Report on the working of the mental hospitals for Indians in Bihar and Orissa - 1925-1929
Year: 1925
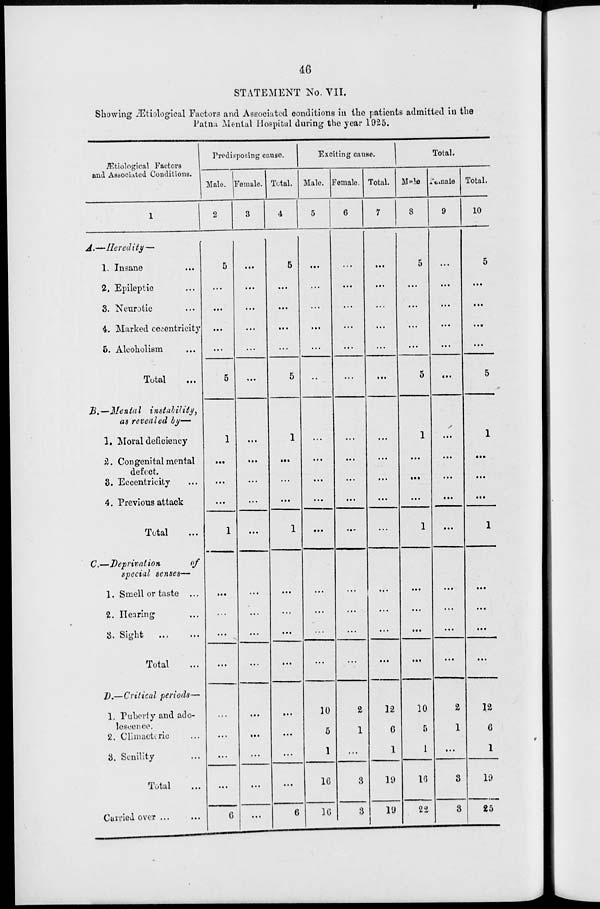
46
STATEMENT No. VII.
Showing Ætiological Factors and Associated conditions in the patients admitted in the
Patna Mental Hospital during the year 1925.
Ætiological Factors
and Associated Conditions.
1
A.—Heredity—
1. Insane ...
2. Epileptic ...
3. Neurotic ...
4. Marked eccentricity
5. Alcoholism ...
Total ...
B.—Menta1
instability,
as revealed by—
1. Moral deficiency
2. Congenital mental
defect.
3. Eccentricity ...
4. Previous attack
Total ...
C.—Deprivation
of
special senses—
1. Smell or taste ...
2. Hearing ...
3. Sight ... ...
Total ...
D.—Critical periods—
1. Puberty and ado-
lescence.
2. Climacteric ...
3. Senility ...
Total
...
Carried over ... ...
Predisposing cause.
Male.
2
5
...
...
...
...
5
1
...
...
...
1
...
...
...
...
...
...
...
...
6
Female.
3
...
...
...
...
...
...
...
...
...
...
...
...
...
...
...
...
...
...
...
...
Total.
4
5
...
...
...
...
5
1
...
...
...
1
...
...
...
...
...
...
...
...
6
Exciting cause.
Male.
5
...
...
...
...
...
...
...
...
...
...
...
...
...
...
...
10
5
1
16
16
Female.
6
...
...
...
...
...
...
...
...
...
...
...
...
...
...
...
2
1
...
3
3
Total.
7
...
...
...
...
...
...
...
...
...
...
...
...
...
...
...
12
6
1
19
19
Total.
Male.
8
5
...
...
...
...
5
1
...
...
...
1
...
...
...
...
10
5
1
16
22
Female.
9
...
...
...
...
...
...
...
...
...
...
...
...
...
...
...
2
1
...
3
3
Total.
10
5
...
...
...
...
5
1
...
...
...
1
...
...
...
...
12
6
1
19
25